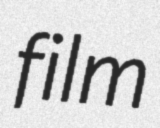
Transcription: film